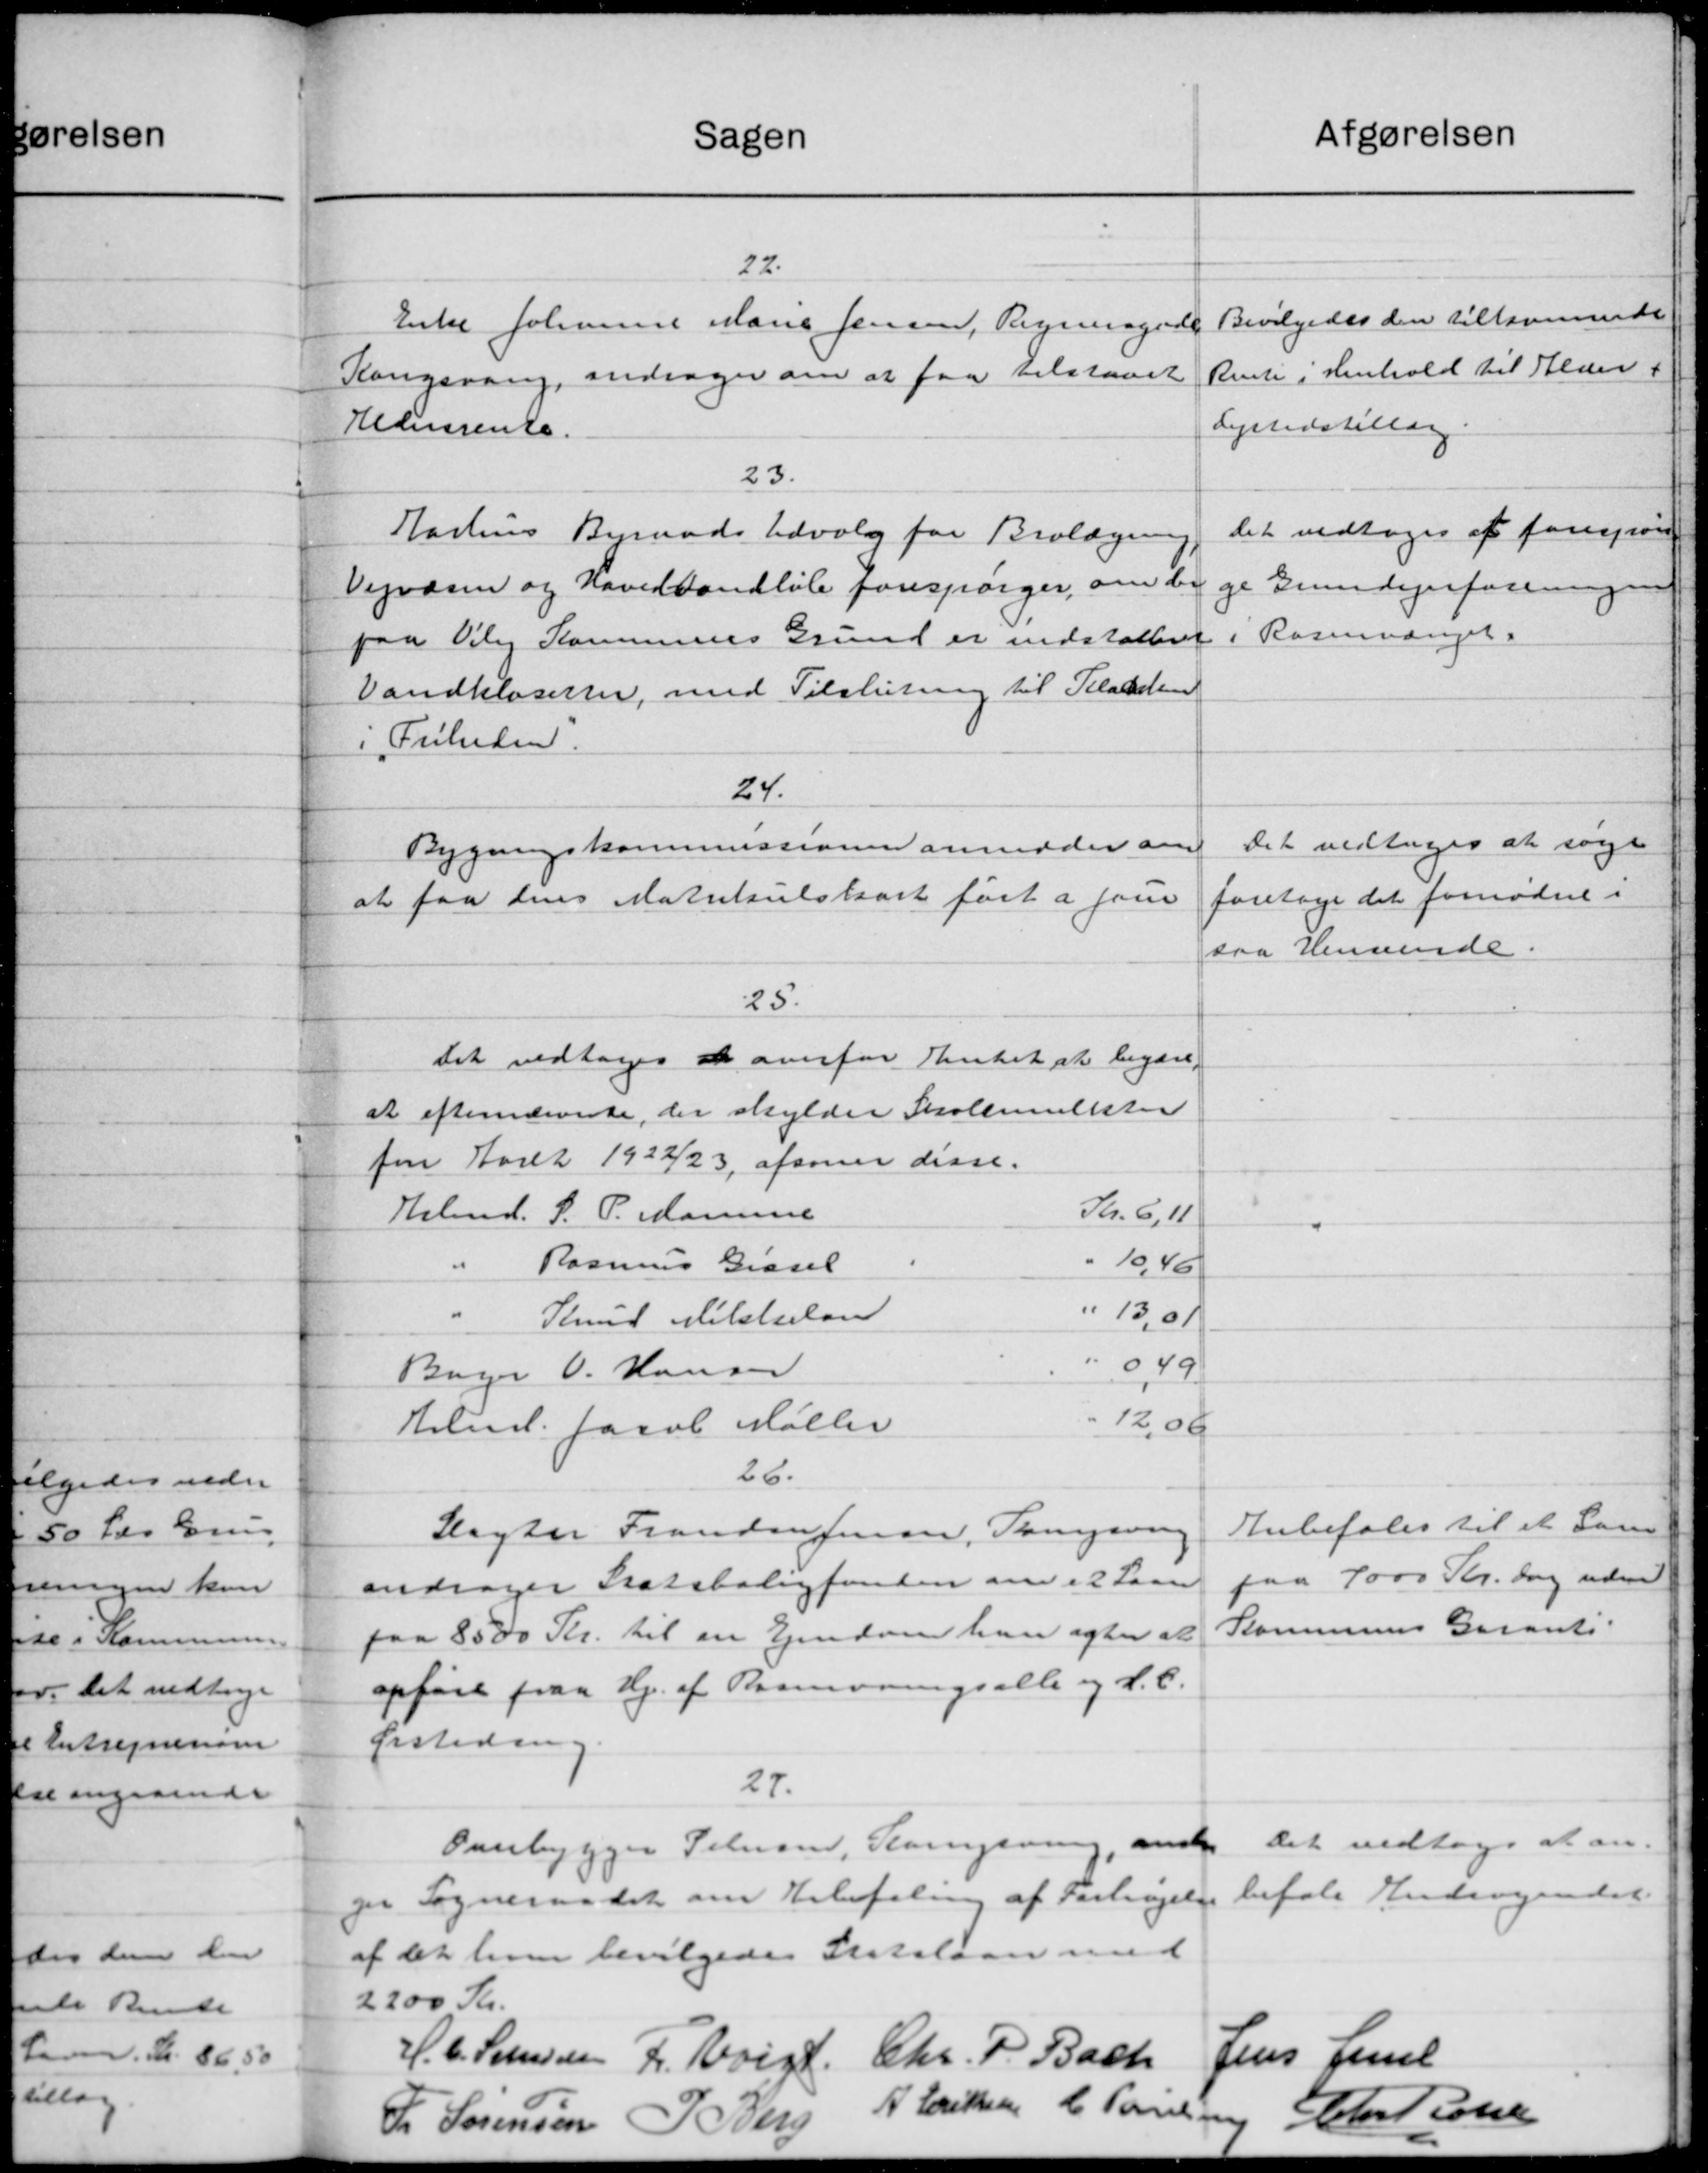
Transskription:
Afgørelsen
Sagen
22.
Bevilgedes den tilkommende
Enke Johanne Marie Jensen, Regningede
Rente i Henhold til Alder
Kangsvang, andrager om at faa tilstaaet
Lyrtidstillæg.
Aldersrente.
23.
det vedtoges at forespørge
Aarhus Byraads Udvalg for Brolægning
Vejvæsen og Hovedvandløb forespørger, om der
ge Grundejerforeningen
Rasmussenet.
paa Viby Kommunes Grund er indstalten
Vandkloserne, med Tilslutning til Kladden
Friheden.
24.
Det vedtoges at søge
Bygningskommissionen anmoder om
foretage det fornødne i
at faa dens Matrikulskort fast a som
saa Henvende.
25.
Det vedtoges at overfor Amtet at begære,
at efternærveste, der skylder Skolemulkte
for Aaret 1922/23, afsoner disse.
Arbmd. S. P. Manuse
Kr. 6,11
Rasmus Gissel
" 10,46
"
" 13,01
Knud Nelstulan
" 0,49
Bager V. Hansen
12,00
Hmd. Jacob Møller
26.
Anbefales til et Sam
Slagter Franden Jensen, Tangering
paa 7000 Kr. dog uden
andrager Statsboligfonden om et Laan
Kommunens Garant
paa 8500 Kr. til en Ejendom han agter at
opføre paa Hj. af Barmoningsalle og L. C.
Eisledning
27.
Det vedtoges at an-
Overbygger Petersen, Klampering, anske
befale Andragendet
gor Sogneraadet om Anbefaling af Forlangelse
af det hver bevilgedes Statslaan med
2200 Kr.
H. C. Sørenssen f. Voigt, Chr. P. Bach
Jens Lund
A Eriksen C. Poulsen Chr Peder
L Sørensen I. Berg